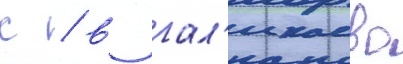
с / в гал'икаево